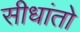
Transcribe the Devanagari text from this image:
सीधांतो